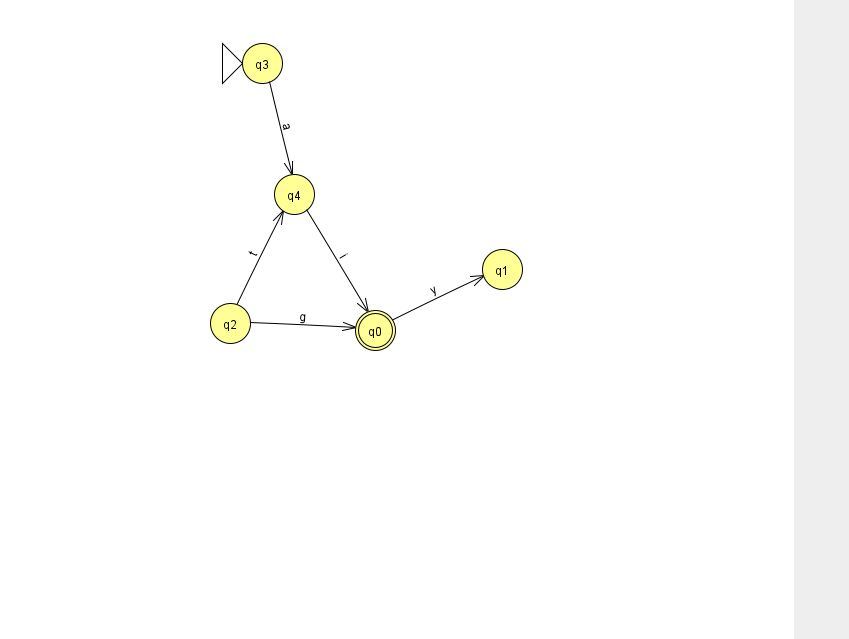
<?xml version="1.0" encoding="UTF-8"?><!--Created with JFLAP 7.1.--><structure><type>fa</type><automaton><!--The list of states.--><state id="0" name="q0"><x>375.0</x><y>317.0</y><final/></state><state id="1" name="q1"><x>502.0</x><y>256.0</y></state><state id="2" name="q2"><x>230.0</x><y>310.0</y></state><state id="3" name="q3"><x>262.0</x><y>50.0</y><initial/></state><state id="4" name="q4"><x>294.0</x><y>181.0</y></state><!--The list of transitions.--><transition><from>4</from><to>0</to><read>i</read></transition><transition><from>0</from><to>1</to><read>y</read></transition><transition><from>2</from><to>4</to><read>t</read></transition><transition><from>3</from><to>4</to><read>a</read></transition><transition><from>2</from><to>0</to><read>g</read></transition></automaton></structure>